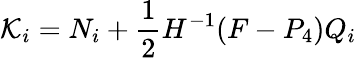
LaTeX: {\cal K}_{i}={N}_{i}+\frac{1}{2}H^{-1}(F-P_{4})Q_{i}